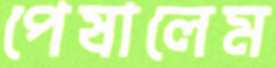
পেষালেম